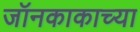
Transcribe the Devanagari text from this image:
जॉनकाकाच्या